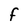
Character: F